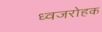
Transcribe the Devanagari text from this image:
ध्वजरोहक